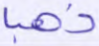
ذهبا